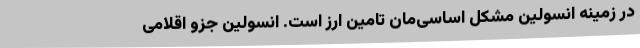
در زمینه انسولین مشکل اساسی‌مان تامین ارز است. انسولین جزو اقلامی